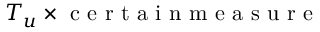
T _ { u } \times \mathrm { ~ c ~ e ~ r ~ t ~ a ~ i ~ n ~ m ~ e ~ a ~ s ~ u ~ r ~ e ~ }